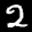
Label: 2